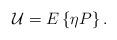
LaTeX: \begin{align*}{\mathcal U} = E\left\{\eta P \right \}.\end{align*}